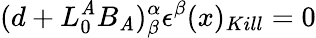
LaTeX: (d+L_{0}^{\mathit{A}}B_{\mathit{A}})_{\beta}^{\alpha}\epsilon^{\beta}(x)_{Kill}=0